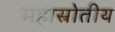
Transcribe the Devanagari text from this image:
महास्रोतीय